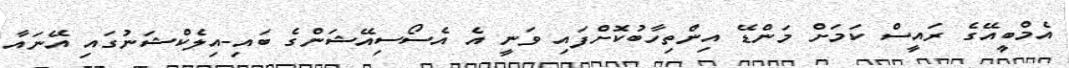
އެމްބީއޭގެ ރައީސް ކަމަށް މަންޑޭ އިންތިހާބުކޮށްފައި ވަނީ އެ އެސޯސިއޭޝަންގެ ބައި-އިލެކްޝަނުގައި އޭނައާ